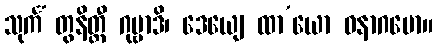
သုင်္ကံ တွနိတ္ထီ ဂုမ္ဗာဒိ၊ ဒေယျေ ထာ’ယော ဓနာဂမော။